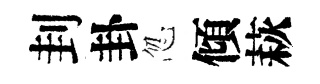
刲卦忽傾萩